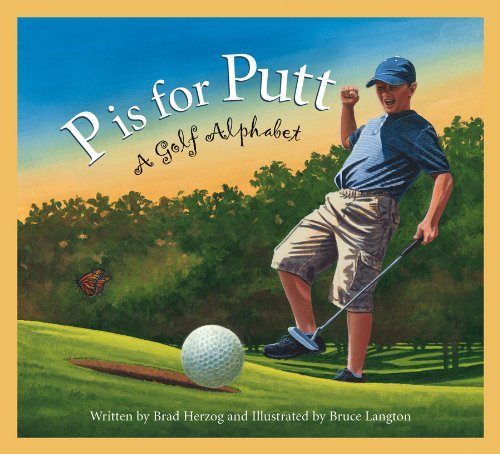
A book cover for P is for Putt: A Golf Alphabet (Sports Alphabet); Brad Herzog; Children's Books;